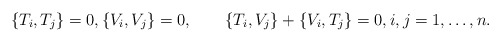
\begin{align*} \{ T_i,T_j\}=0 , \{V_i,V_j\}=0 , \qquad\{T_i,V_j\}+\{V_i,T_j\}=0 , i,j=1,\ldots, n .\end{align*}